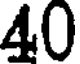
40